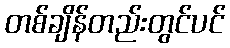
တစ်ချိန်တည်းတွင်ပင်